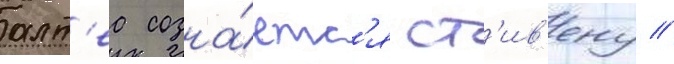
алт'еа созна́етс'я ст'ив'ену /